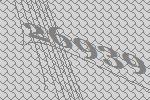
26939